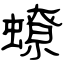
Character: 蟟